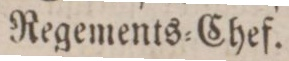
Regements=Chef.